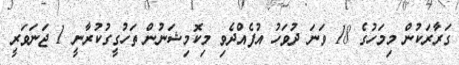
ގަރާރަކުން މިމަހުގެ 18 ވަނަ ދުވަހު އުފެއްދެވި މިކޮމިޝަނުން ތަހުގީގުކުރާނީ 1 ޖަނަވަރީ